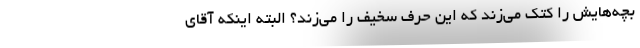
بچه‌هایش را کتک می‌زند که این حرف سخیف را می‌زند؟ البته اینکه آقای